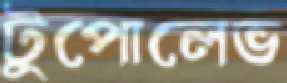
টুপোলেভ